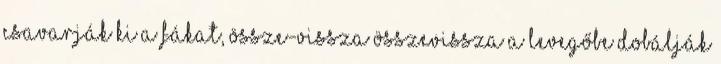
csavarják ki a fákat, össze-vissza összevissza a levegőbe dobálják